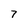
Character: 7